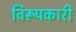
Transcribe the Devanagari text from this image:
विरूपकारी